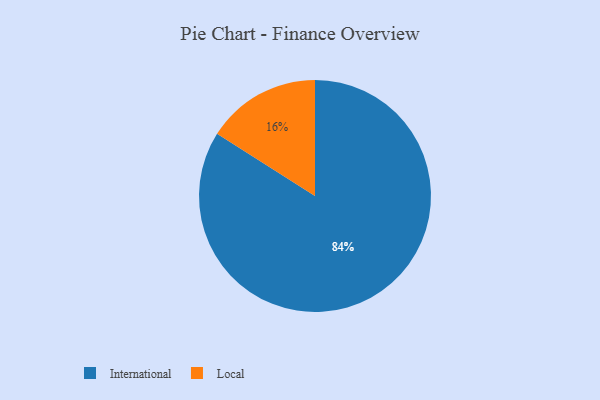
{"axis": {"x": "Category", "y": "Percentage"}, "legend": ["International", "Local"], "data": [{"x": "International", "y": 84, "type": "International"}, {"x": "Local", "y": 16, "type": "Local"}]}